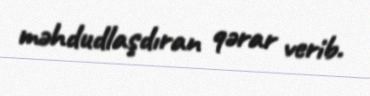
məhdudlaşdıran qərar verib.